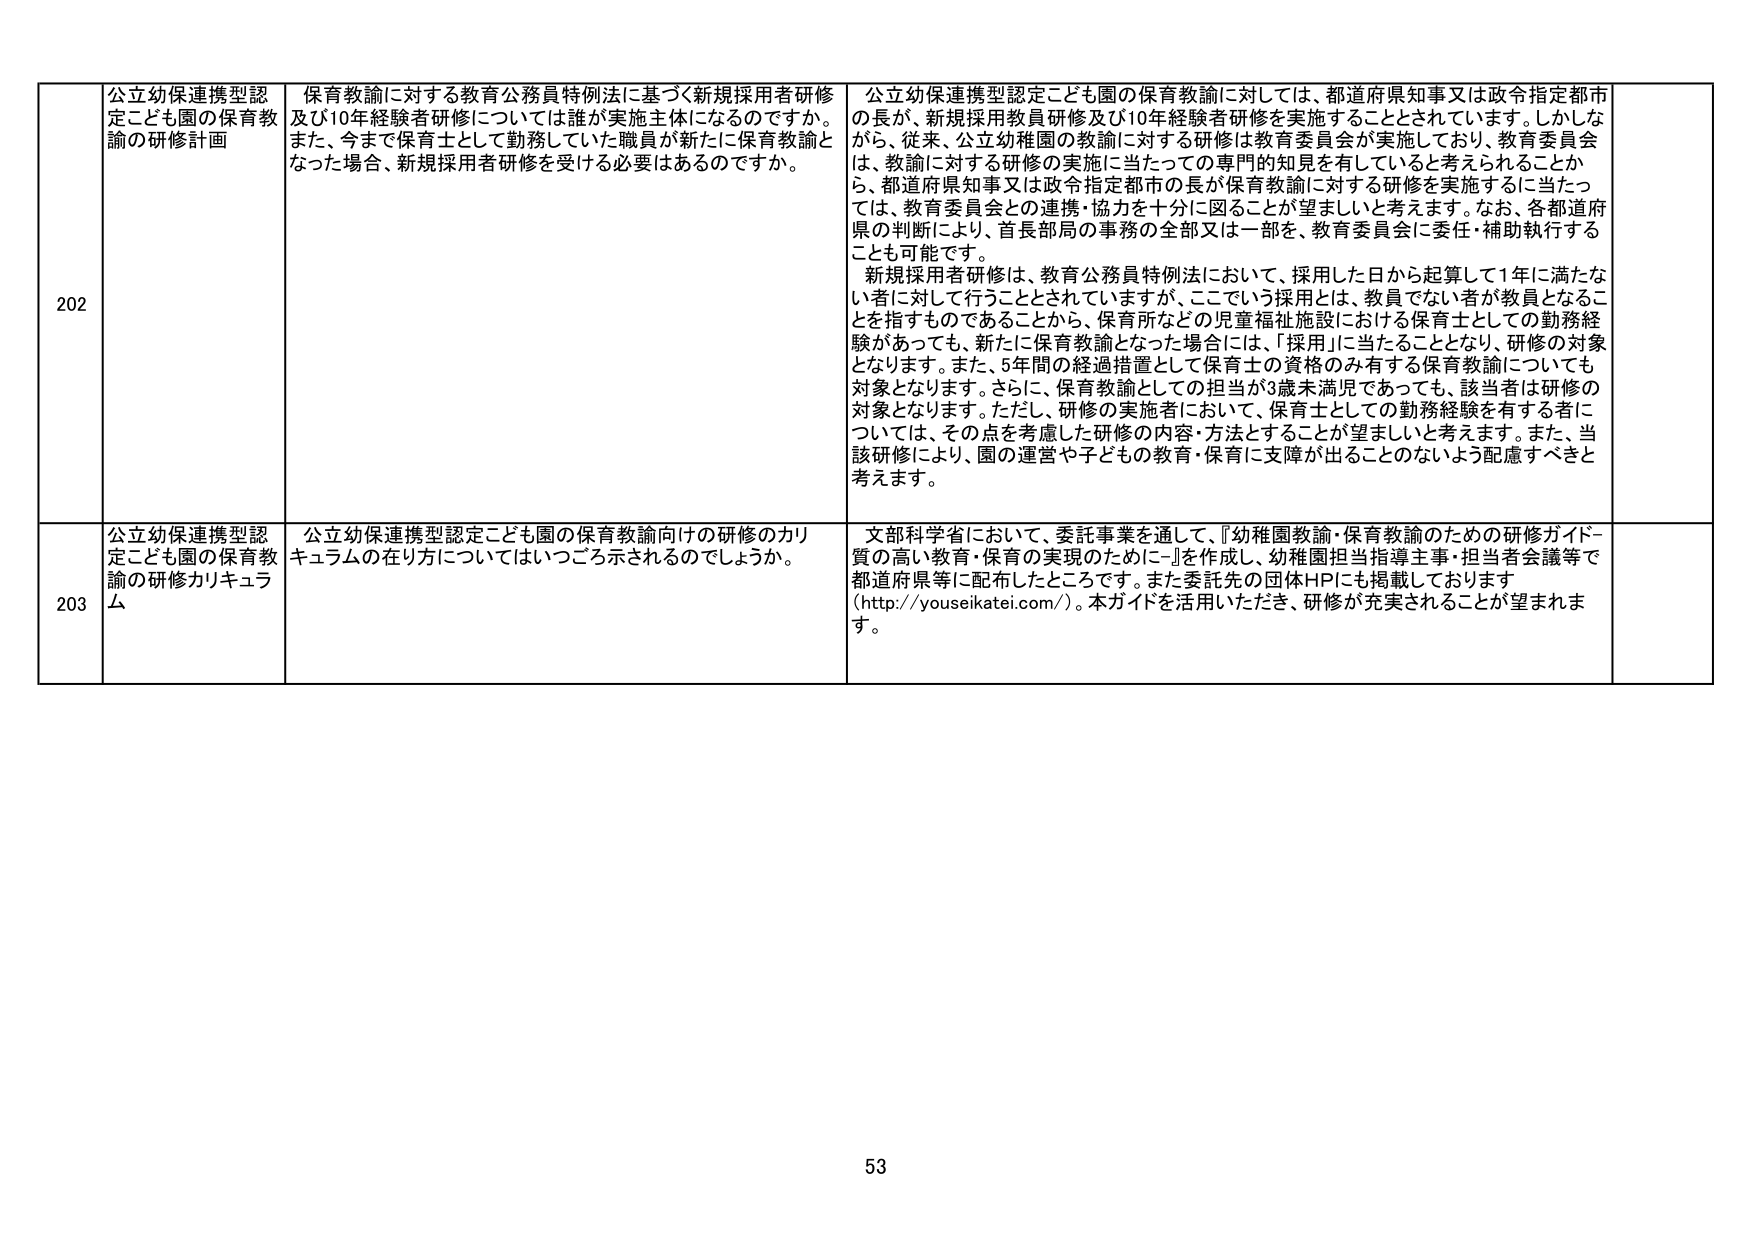
202
公立幼保連携型認定こども園の保育教諭の研修計画
保育教諭に対する教育公務員特例法に基づく新規採用者研修及び10年経験者研修については誰が実施主体になるのですか。また、今まで保育士として勤務していた職員が新たに保育教諭となった場合、新規採用者研修を受ける必要はあるのですか。
公立幼保連携型認定こども園の保育教諭に対しては、都道府県知事又は政令指定都市の長が、新規採用教員研修及び10年経験者研修を実施することとされています。しかしながら、従来、公立幼稚園の教諭に対する研修は教育委員会が実施しており、教育委員会は、教諭に対する研修の実施に当たっての専門的知見を有していると考えられることから、都道府県知事又は政令指定都市の長が保育教諭に対する研修を実施するに当たっては、教育委員会との連携・協力を十分に図ることが望ましいと考えます。なお、各都道府県の判断により、首長部局の事務の全部又は一部を、教育委員会に委任・補助執行することも可能です。
新規採用者研修は、教育公務員特例法において、採用した日から起算して1年に満たない者に対して行うこととされていますが、ここでいう採用とは、教員でない者が教員となることを指すものであることから、保育所などの児童福祉施設における保育士としての勤務経験があっても、新たに保育教諭となった場合には、「採用」に当たることとなり、研修の対象となります。また、5年間の経過措置として保育士の資格のみ有する保育教諭についても対象となります。さらに、保育教諭としての担当が3歳未満児であっても、該当者は研修の対象となります。ただし、研修の実施者において、保育士としての勤務経験を有する者については、その点を考慮した研修の内容・方法とすることが望ましいと考えます。また、当該研修により、園の運営や子どもの教育・保育に支障が出ることのないよう配慮すべきと考えます。

203
公立幼保連携型認定こども園の保育教諭の研修カリキュラム
公立幼保連携型認定こども園の保育教諭向けの研修のカリキュラムの在り方についてはいつごろ示されるのでしょうか。
文部科学省において、委託事業を通じて、『幼稚園教諭・保育教諭のための研修ガイドー質の高い教育・保育の実現のためにー』を作成し、幼稚園担当指導主事・担当者会議等で都道府県等に配布したところです。また委託先の団体HPにも掲載しております（http://youseikatei.com/）。本ガイドを活用いただき、研修が充実されることが望まれます。

53